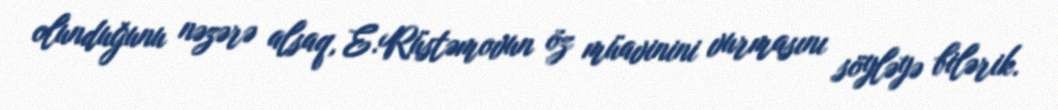
olunduğunu nəzərə alsaq, E.Rüstəmovun öz müavinini vurmasını söyləyə bilərik.